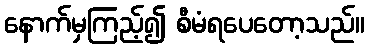
နောက်မှကြည့်၍ စီမံရပေတော့သည်။